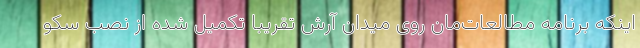
اینکه برنامه مطالعات‌مان روی میدان آرش تقریباً تکمیل شده از نصب سکو